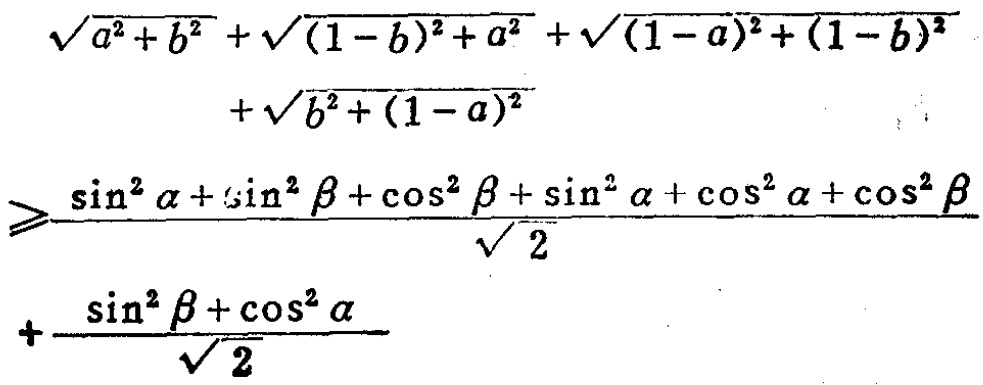
\[\begin{align*}
&\sqrt{a^{2}+b^{2}}+\sqrt{(1 - b)^{2}+a^{2}}+\sqrt{(1 - a)^{2}+(1 - b)^{2}}+\sqrt{b^{2}+(1 - a)^{2}}\\
&\geqslant\frac{\sin^{2}\alpha+\sin^{2}\beta+\cos^{2}\beta+\sin^{2}\alpha+\cos^{2}\alpha+\cos^{2}\beta}{\sqrt{2}}\\
&+\frac{\sin^{2}\beta+\cos^{2}\alpha}{\sqrt{2}}
\end{align*}\]